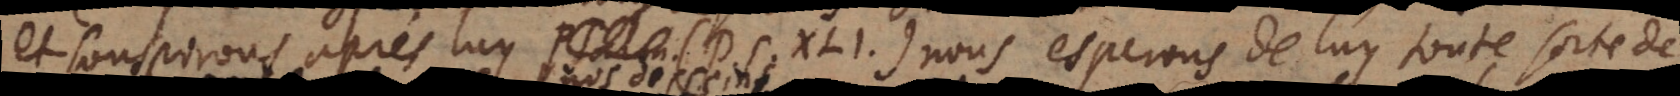
et souspirons aprés luy (Ps. XLI); nous esperons de luy toute sorte de